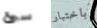
سئ باختبار